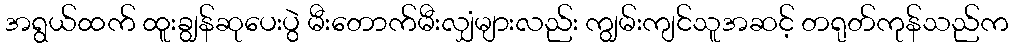
အရွယ်ထက် ထူးချွန်ဆုပေးပွဲ မီးတောက်မီးလျှံများလည်း ကျွမ်းကျင်သူအဆင့် တရုတ်ကုန်သည်က